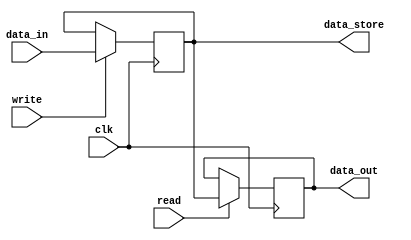
module Genaral_Purpose_Register
    (input clk,write,read,
    input [15:0] data_in,
    output reg [15:0] data_out,
    output reg [15:0] data_store);
    
    reg [15:0] data_store;

    always @(negedge clk)
        begin
            if (read) data_out <= data_store;
        end
     always @(posedge clk)
        begin
            if (write) data_store <= data_in;
        end
endmodule